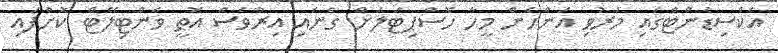
އެކްސިޑެންޓްގައި މަރުވި އަންހެން މީހާ ހޮސްޕިޓަލަށް ގެނައި އިރުވެސް އޮތީ ވެންޓިލޭޓް ކޮށްފައި